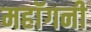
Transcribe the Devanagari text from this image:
महाॅगनी